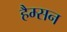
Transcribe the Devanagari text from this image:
हैम्सन